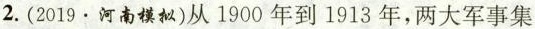
2.(2019·河南模拟)从1900年到1913年，两大军事集